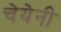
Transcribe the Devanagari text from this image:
चेयेनी